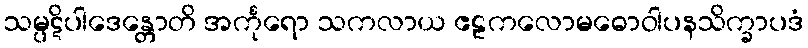
သမ္ပဋိပါဒေန္တောတိ အင်္ကုရော သကလာယ ဧဠကလောမဓောဝါပနသိက္ခာပဒံ